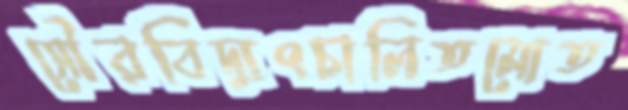
সৌরবিদ্যুৎচালিতমোত